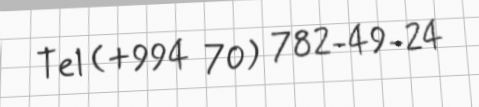
Tel (+994 70) 782-49-24